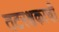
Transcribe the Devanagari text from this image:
तटरक्षकाची